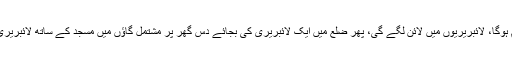
جس دن انہیں یہ پتا چلے گا میں آپ کو بتا دوں پھر فیس بک پر بھی ہُو کا عالم ہوگا، لائبریریوں میں لائن لگے گی، پھر ضلع میں ایک لائبریری کی بجائے دس گھر پر مشتمل گاؤں میں مسجد کے ساتھ لائبریری بھی ہوگی میں آپ کو بتا دوں تب امید کی کرن نہیں مکمل سورج طلوع ہوگا۔